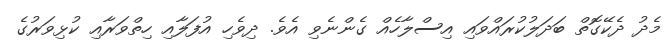
މެދު ދެކޭގޮތް ބަދަލުކުރައްވައި އިސްލާހެއް ގެންނެވި އެވެ. ދިވެހި އުފަލާއި ހިތްވަރާއި ކުޅިވަރުގެ